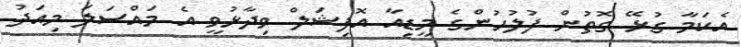
އެކަމާ ގުޅޭ ގޮތުން ފުލުހުންގެ މީޑިއާ އޮފިޝަލް ވިދާޅުވީ އެ މައްސަލަ މިއަދު